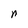
Character: r